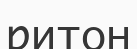
ритон